Annual report on the health of the army in India
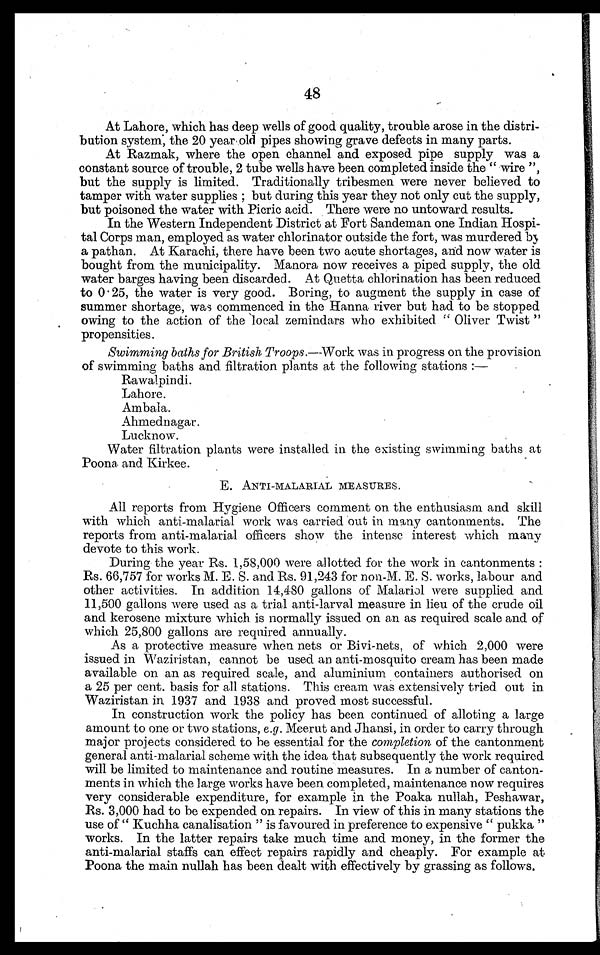
48
At Lahore, which has deep wells of good quality, trouble arose in the distri-
bution system, the 20 year old pipes showing grave defects in many parts.
At Razmak, where the open channel and exposed pipe supply was a
constant source of trouble, 2 tube wells have been completed inside the " wire "
but the supply is limited. Traditionally tribesmen were never believed to
tamper with water supplies ; but during this year they not only cut the supply,
but poisoned the water with Picric acid. There were no untoward results.
In the Western Independent District at Fort Sandeman one Indian Hospi-
tal Corps man, employed as water chlorinator outside the fort, was murdered by
a pathan. At Karachi, there have been two acute shortages, and now water is
bought from the municipality. Manora now receives a piped supply, the old
water barges having been discarded. At Quetta chlorination has been reduced
to 0.25, the water is very good. Boring, to augment the supply in case of
summer shortage, was commenced in the Hanna river but had to be stopped
owing to the action of the local zemindars who exhibited " Oliver Twist "
propensities.
Swimming baths for British Troops .—W ork was in progress on the provision
of swimming baths and filtration plants at the following stations:
—
Rawalpindi.
Lahore.
Ambala.
Ahmedn agar .
Lucknow.
Water filtration plants were installed in the existing swimming baths at
Poona and Kirkee.
E. ANTI-MALARIAL MEASURES.
•
All reports from Hygiene Officers comment on the enthusiasm and skill
with which anti-malarial work was carried out in many cantonments. The
reports from anti-malarial officers show the intense interest which many
devote to this work.
During the year Rs. 1,58,000 were allotted for the work in cantonments :
Rs. 66,757 for works M. E. S. and Rs. 91,243 for non-M. E. S. works, labour and
other activities. In addition 14,480 gallons of Malarial were supplied and
11,500 gallons were used as a trial anti-larval measure in lieu of the crude oil
and kerosene mixture which. is normally issued on an as required scale and of
which 25,800 gallons are required annually.
As a protective measure when nets or. Bivi-nets, of which 2,000 were
issued in Waziristan, cannot be used an anti-mosquito cream has been made
available on an as required scale, and aluminium containers authorised on
a 25 per cent. basis for all stations. This cream was extensively tried out in
Waziristan in. 1937 and 1938 and proved most successful.
In construction work the policy has been continued of alloting a large
amount to one or two stations, e.g. Meerut and Jhansi, in order to carry through
major projects considered to he essential for the completion of the cantonment
general anti-malarial scheme with the idea that subsequently the work required
will be limited to maintenance and routine measures. In a number of canton-
ments in which the large works have been completed, maintenance now requires
very considerable expenditure, for example in the Poaka nullah, Peshawar,
Rs. 3,000 had to be expended on repairs. In view of this in many stations the
use of " Kuchha canalisation " is favoured in preference to expensive " pukka "
works. In the latter repairs take much time and money, in the former the
anti-malarial staffs can effect repairs rapidly and cheaply. For example at
Poona the main nullah has been dealt with effectively by grassing as follows.